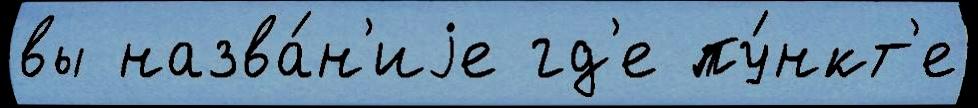
вы назва́н'иjе гд'е пу́нкт'е